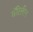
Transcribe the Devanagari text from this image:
मॅरिलीन